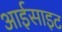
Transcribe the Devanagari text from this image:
आईसाइट